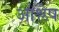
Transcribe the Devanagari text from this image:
आश्लेष